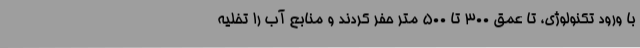
با ورود تکنولوژی، تا عمق ۳۰۰ تا ۵۰۰ متر حفر کردند و منابع آب را تخلیه